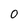
Character: 0